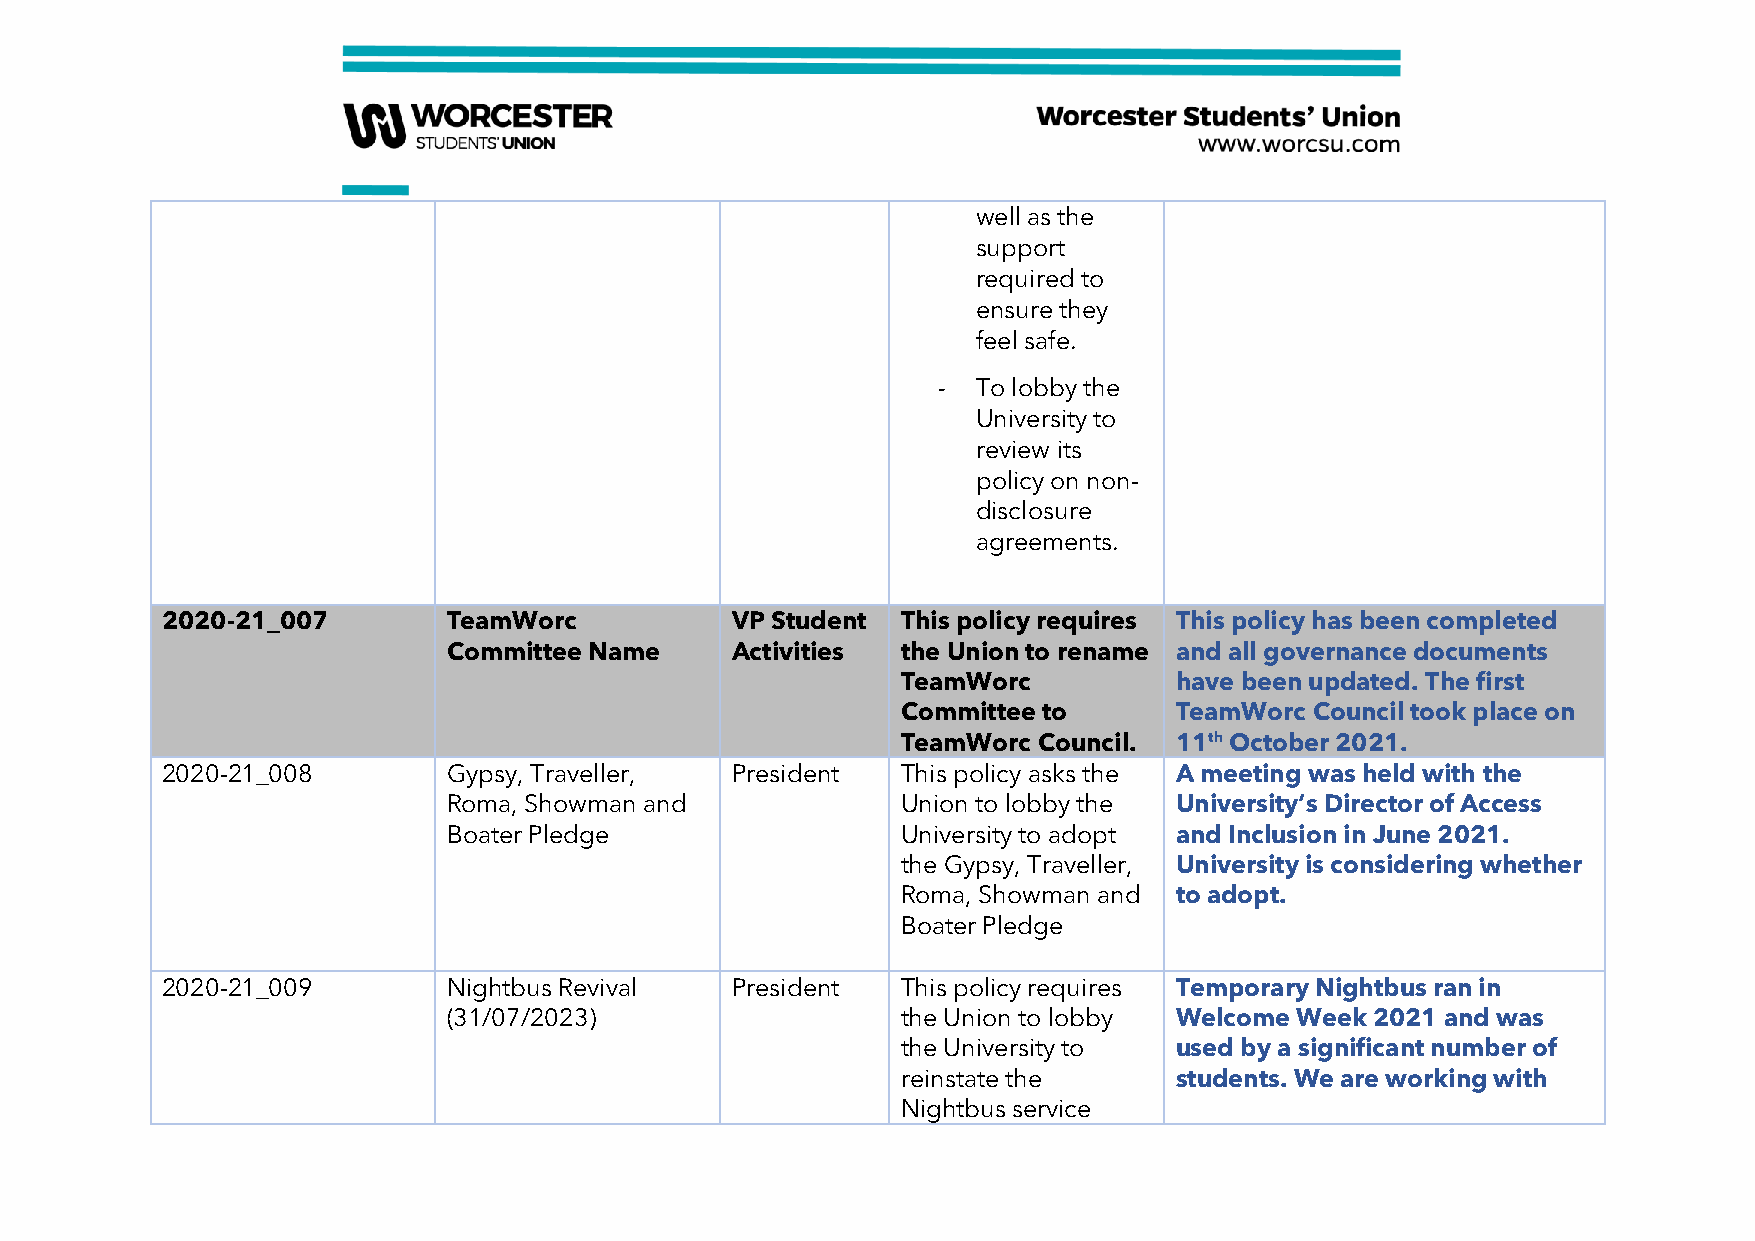
well as the
 support
 required to
 ensure they
 feel safe.
 -  To lobby the
 University to
 review its
 policy on non-
 disclosure
 agreements.
 2020-21_007        TeamWorc          VP Student  This policy requires This policy has been completed
 Committee Name    Activities  the Union to rename and all governance documents
 TeamWorc          have been updated. The first
 Committee to      TeamWorc Council took place on
 TeamWorc Council. 11th October 2021.
 2020-21_008        Gypsy, Traveller, President   This policy asks the A meeting was held with the
 Roma, Showman and             Union to lobby the University’s Director of Access
 Boater Pledge                 University to adopt and Inclusion in June 2021.
 the Gypsy, Traveller, University is considering whether
 Roma, Showman and to adopt.
 Boater Pledge
 2020-21_009        Nightbus Revival  President   This policy requires Temporary Nightbus ran in
 (31/07/2023)                  the Union to lobby Welcome Week 2021 and was
 the University to used by a significant number of
 reinstate the     students. We are working with
 Nightbus service